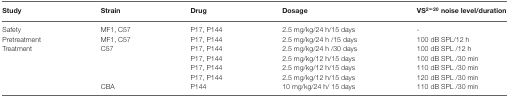
<table><thead><tr><td><b>Study</b></td><td><b>Strain</b></td><td><b>Drug</b></td><td><b>Dosage</b></td><td><b>VS<sup>2–20</sup> noise level/duration</b></td></tr></thead><tbody><tr><td>Safety</td><td>MF1, C57</td><td>P17, P144</td><td>2.5 mg/kg/24 h/15 days</td><td>-</td></tr><tr><td>Pretreatment</td><td>MF1, C57</td><td>P17, P144</td><td>2.5 mg/kg/24 h /15 days</td><td>100 dB SPL/12 h</td></tr><tr><td>Treatment</td><td>C57</td><td>P17, P144</td><td>2.5 mg/kg/24 h /30 days</td><td>100 dB SPL /12 h</td></tr><tr><td></td><td></td><td>P17, P144</td><td>2.5 mg/kg/12 h/15 days</td><td>100 dB SPL /30 min</td></tr><tr><td></td><td></td><td>P17, P144</td><td>2.5 mg/kg/12 h/15 days</td><td>110 dB SPL /30 min</td></tr><tr><td></td><td></td><td>P17, P144</td><td>2.5 mg/kg/12 h/15 days</td><td>120 dB SPL /30 min</td></tr><tr><td></td><td>CBA</td><td>P144</td><td>10 mg/kg/24 h/ 15 days</td><td>110 dB SPL /30 min</td></tr></tbody></table>